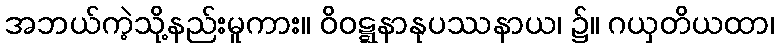
အဘယ်ကဲ့သို့နည်းမူကား။ ဝိဝဋ္ဋနာနုပဿနာယ၊ ၌။ ဂယှတိယထာ၊